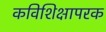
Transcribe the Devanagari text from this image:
कविशिक्षापरक